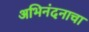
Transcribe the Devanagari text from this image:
अभिनंदनाचा